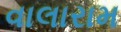
વાલારામ